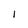
Character: I